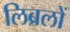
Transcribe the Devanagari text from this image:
लिब्रलों